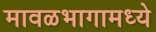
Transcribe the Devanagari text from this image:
मावळभागामध्ये